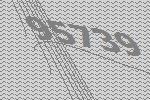
95739